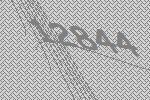
12844